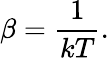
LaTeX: \beta={\frac{1}{kT}}.